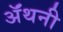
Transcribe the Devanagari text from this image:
ॲंथनी